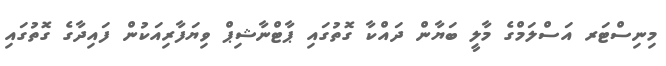
މިނިސްޓަރ އަސްލަމްގެ މާލީ ބަޔާން ދައްކާ ގޮތުގައި ޕާޓްނާޝިޕް ވިޔަފާރިއަކުން ފައިދާގެ ގޮތުގައި